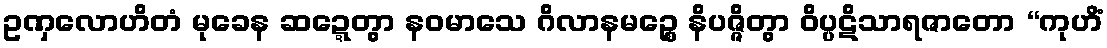
ဥဏှလောဟိတံ မုခေန ဆဍ္ဍေတွာ နဝမာသေ ဂိလာနမဉ္စေ နိပဇ္ဇိတွာ ဝိပ္ပဋိသာရဇာတော “ကုဟိံ